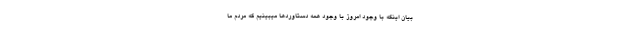
بیان اینکه با وجود امروز با وجود همه دستاوردها میبینیم که مردم ما